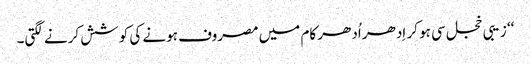
‘‘ زیبی خجل سی ہو کر اِدھر اُدھر کام میں مصروف ہونے کی کوشش کرنے لگتی۔